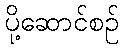
ပို့ဆောင်စဉ်